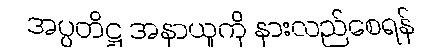
အပ္ပတိဋ္ဌ အနာယူကို နားလည်စေရန်